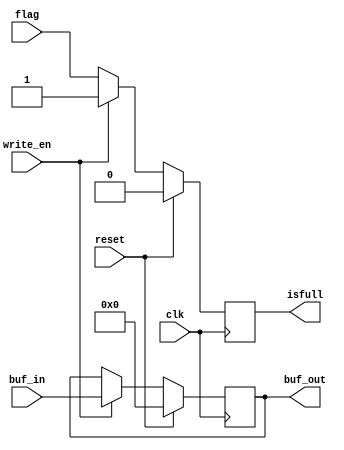
// Channel Buffer
// Last Updated: 10/20/2023

module channel_buffer #(parameter WIDTH = 64) (buf_out, isfull, buf_in, write_en, flag, reset, clk);

	input [(WIDTH-1) : 0] buf_in;
	input write_en;
	input flag;			// buffer empty (0) or buffer full (1) isfull
	input reset;		// synchronous reset
	input clk;

	output reg [(WIDTH-1) : 0] buf_out;
	output reg isfull;

	always @ (posedge clk) begin
		if (reset) begin
			buf_out <= 0;
			isfull 	<= 0;
		end
		else if (write_en) begin
			buf_out <= buf_in;
			isfull <= 1'b1;
		end
		else
			isfull <= flag;			// isfull will become 0 when we read the data, thus taking it outside write_en
	end

endmodule